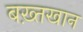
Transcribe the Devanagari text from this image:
बख़्तखान